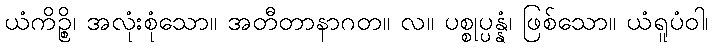
ယံကိဉ္စိ၊ အလုံးစုံသော။ အတီတာနာဂတ။ လ။ ပစ္စုပ္ပန္နံ၊ ဖြစ်သော။ ယံရူပံဝါ၊